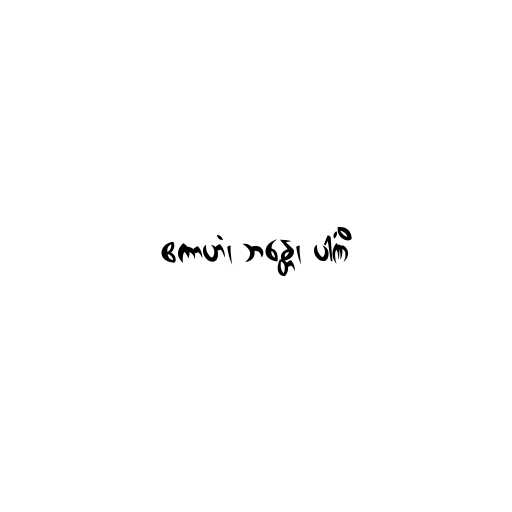
ဧကာဟံ၊ ဘန္တေ၊ ပါဏိံ